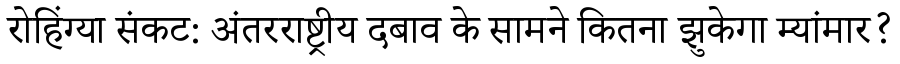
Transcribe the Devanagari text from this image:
रोहिंग्या संकट: अंतरराष्ट्रीय दबाव के सामने कितना झुकेगा म्यांमार?